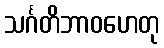
သင်္ဂတိဘာဝဟေတု